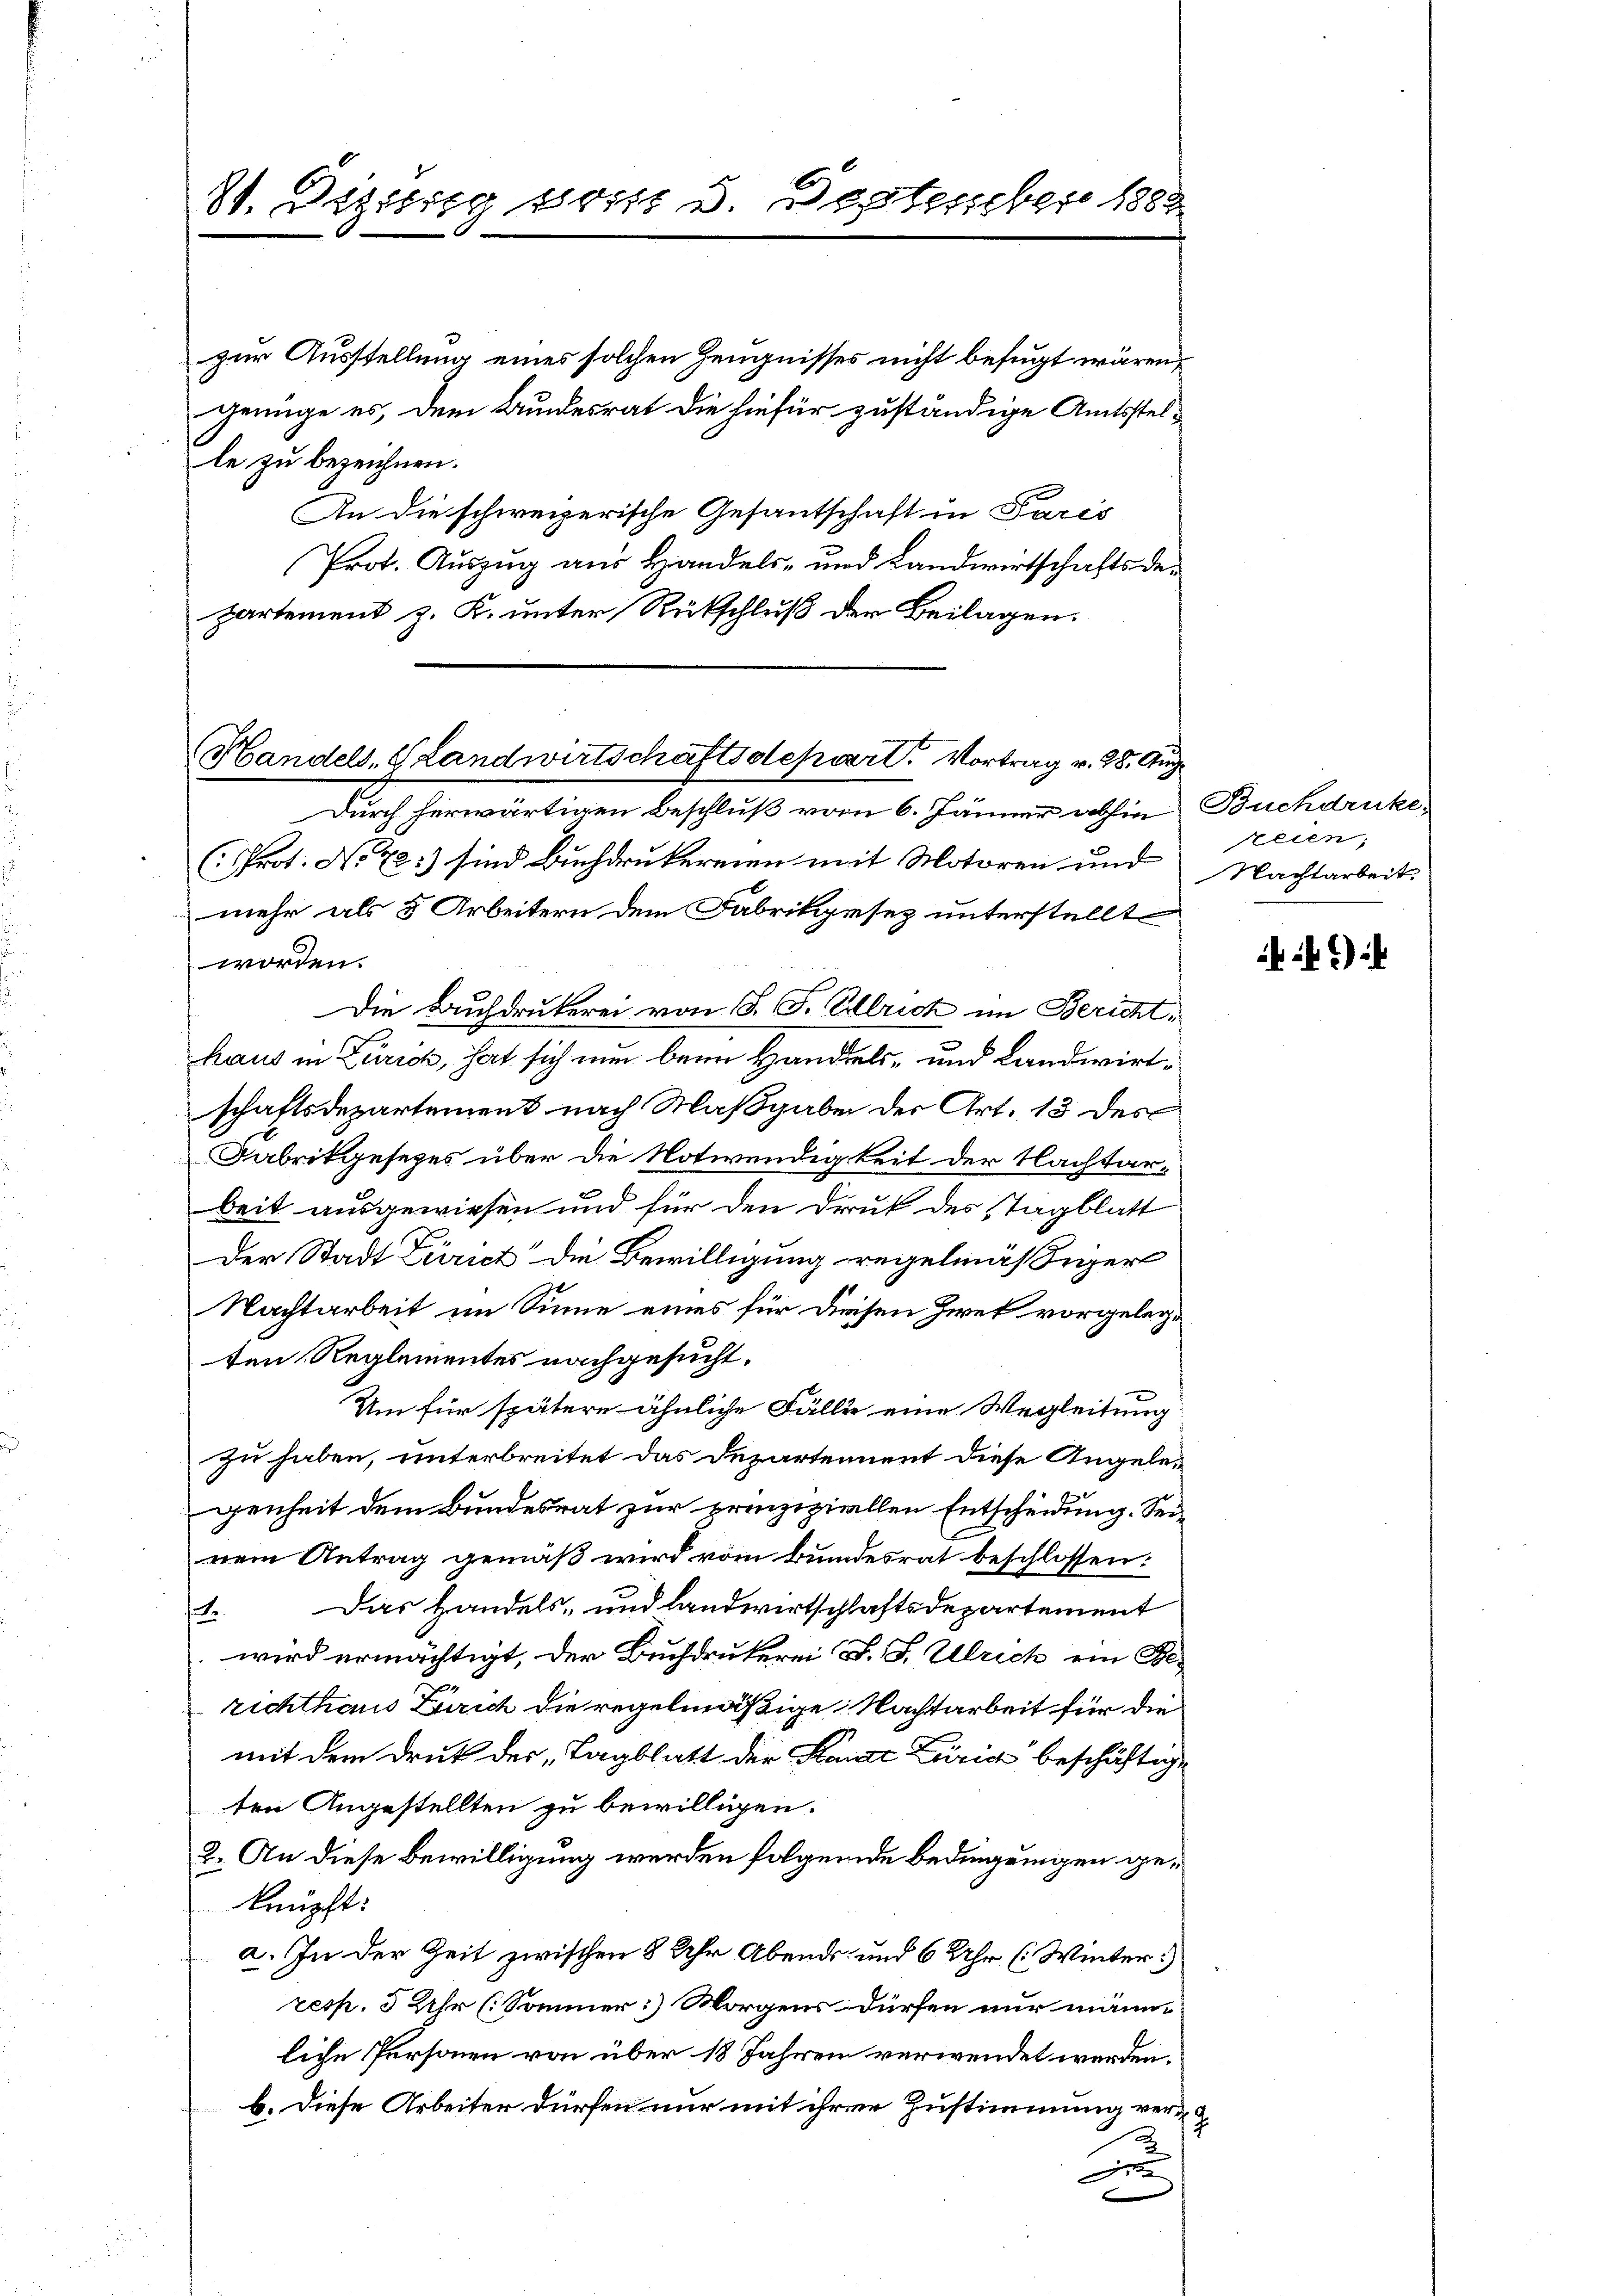
81. Dezisig ist v. September 1882

zur Ausstellung eines solchen Zeugnisses nicht befugt wären,
genüge es, dem Bundesrat die hiefür zuständige Amtsstelle zu bezeichnen.
An die schweizerische Gesantschaft in Paris
Prot. Auszug aus Handels- und Landwirtschaftsdepartement z. K. unter Rückschluß der Beilagen.

Handels. Standwirtschaftsdepart. Vortrag v. 28. Aug.

Durch herwärtigen Beschluß vom 6. Jänner abhin Buchdruke
(Prot. No 72:) sind Buchdrukereien mit Motoren und
mehr als 5 Arbeitern dem Fabrikgesez unterstellt
worden.
Die Buchdrukerei von 1. F. Ulrich im Bericht,
haus in Zürich, hat sich nun beim Handels- und Landwirtschaftsdepartement nach Maßgaben der Art. 13 des
Fabrikgesezes über die Notwendigkeit der Nachtar-
beit ausgewiesen und für den Druk des Stagblatt
Der Stadt Zürich die Bewilligung regelmäßiger
Nachtarbeit im Sinne eines für diesen Zwek vorgelegten Reglementes nachgesucht.
Um für spätere ähnliche Fälle eine Wegleitung
zu haben, unterbreitet das Departement diese Angeleggenheit dem Bundesrat zur prinziziellen Entscheidung. Seinem Antrag gemäß wird vom Bundesrat beschlossen:
1. Das Handels- und Landwirtschlaftsdepartement
wird ermächtigt, der Buchdrukerei J. J. Ulrich ein Berichthaus Zürich die regelmäßige Nachtarbeit für die
mit dem Druk der „Tagblatt der Stanze Leiric beschäftige
ten Angestellten zu bewilligen.
2. An diese Bewilligung werden folgende Bedingungen geknüpft:
a. In der Zeit zwischen 8 Uhr Abends und 6 Uhr (Winter
resp. 3 Uhr (Sommer] Morgens dürfen nur männe
liche Personen von über 18 Jahren verwendet werden.
b. Diese Arbeiter dürfen nur mit ihrer Zustimmung verx
e

teien;
Nachtarbeit

)